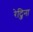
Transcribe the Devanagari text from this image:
रेट्जिना